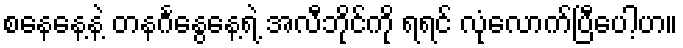
စနေနေ့နဲ့ တနင်္ဂနွေနေ့ရဲ့ အလီဘိုင်ကို ရရင် လုံလောက်ပြီပေါ့ဟ။